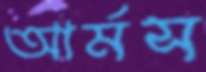
আর্মস